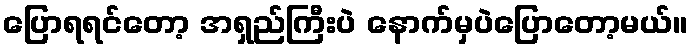
ပြောရရင်တော့ အရှည်ကြီးပဲ နောက်မှပဲပြောတော့မယ်။